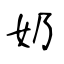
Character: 奶